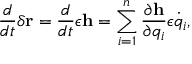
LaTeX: { \frac { d } { d t } } \delta \mathbf { r } = { \frac { d } { d t } } \epsilon \mathbf { h } = \sum _ { i = 1 } ^ { n } { \frac { \partial \mathbf { h } } { \partial q _ { i } } } \epsilon { \dot { q } } _ { i } ,